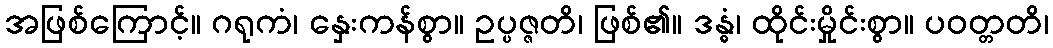
အဖြစ်ကြောင့်။ ဂရုကံ၊ နှေးကန်စွာ။ ဥပ္ပဇ္ဇတိ၊ ဖြစ်၏။ ဒန္ဓံ၊ ထိုင်းမှိုင်းစွာ။ ပဝတ္တတိ၊